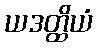
ယဒတ္ထိယံ